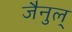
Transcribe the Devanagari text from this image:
जैनुल्